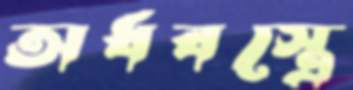
অর্ধবস্ত্রে